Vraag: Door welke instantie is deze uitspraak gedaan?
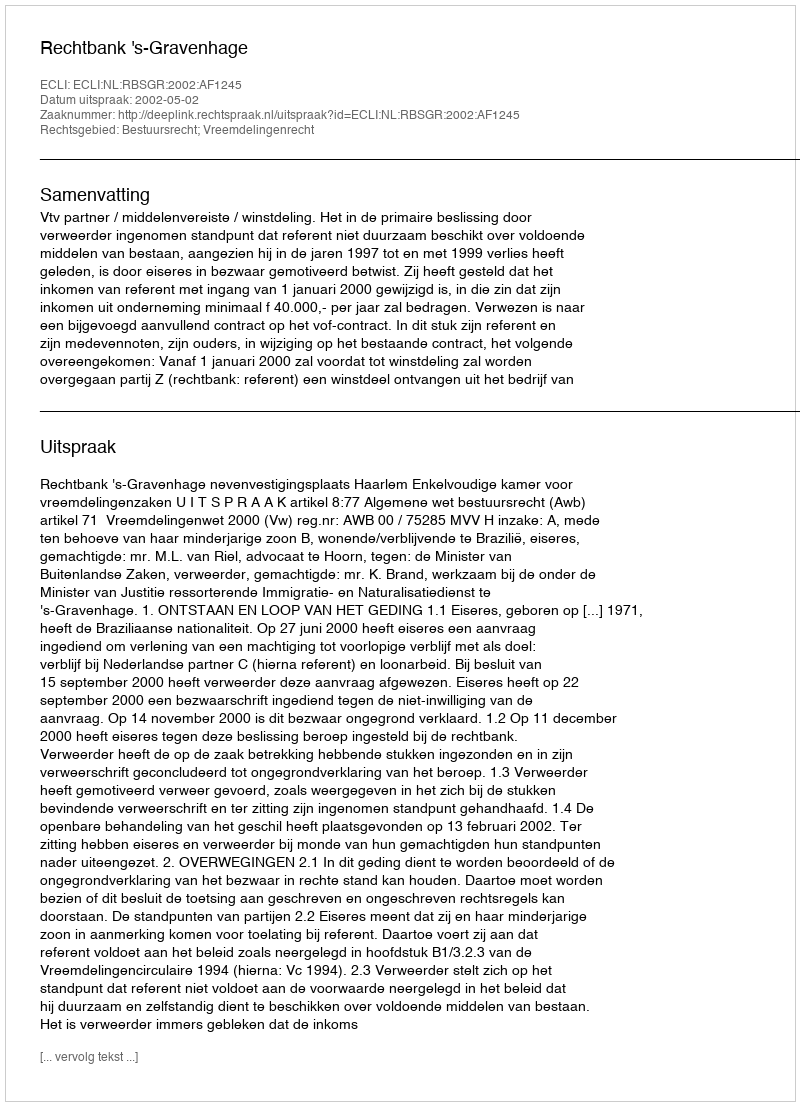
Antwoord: Rechtbank 's-Gravenhage